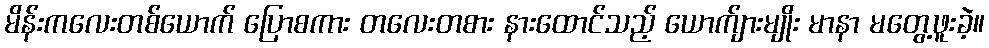
မိန်းကလေးတစ်ယောက် ပြောစကား တလေးတစား နားထောင်သည့် ယောက်ျားမျိုး မာနာ မတွေ့ဖူးခဲ့။